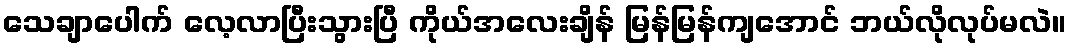
သေချာပေါက် လေ့လာပြီးသွားပြီ ကိုယ်အလေးချိန် မြန်မြန်ကျအောင် ဘယ်လိုလုပ်မလဲ။